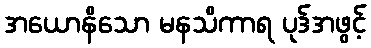
အယောနိသော မနသိကာရ ပုဒ်အဖွင့်